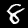
Digit: 8